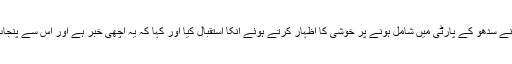
پنجاب کانگریس کے صدر کیپٹن امرندر سنگھ نے سدھو کے پارٹی میں شامل ہونے پر خوشی کا اظہار کرتے ہوئے انکا استقبال کیا اور کہا کہ یہ اچھی خبر ہے اور اس سے پنجاب میں کانگریس کی پوزیشن اور مستحکم ہوگی۔